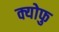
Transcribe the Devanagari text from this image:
क्योफु